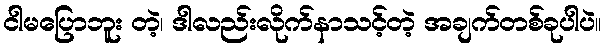
ငါမပြောဘူး တဲ့၊ ဒါလည်းလိုက်နာသင့်တဲ့ အချက်တစ်ခုပါပဲ။